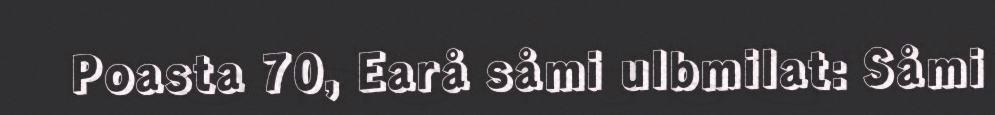
Poasta 70, Earå såmi ulbmilat: Såmi